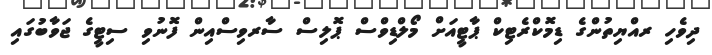
ދިވެހި ރއްޔިތުންގެ ޑިމޮކްރެޓިކް ޕާޓީއަށް މޯލްޑިވްސް ޕޮލިސް ސާރވިސްއިން ފޮނުވި ސިޓީގެ ޖަވާބުގައި